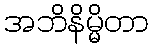
အဘိနိမ္မိတာ